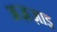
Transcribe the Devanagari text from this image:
अज़ज़ाइ